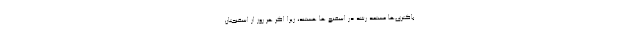
باکتری‌ها مستعد رشد در اسفنج ها هستند، زیرا اگر هر روز از اسفنجتان